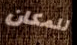
للمكان